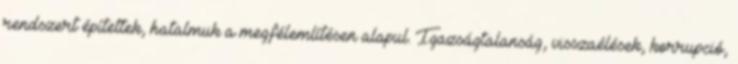
rendszert építettek, hatalmuk a megfélemlítésen alapul. Igazságtalanság, visszaélések, korrupció,